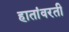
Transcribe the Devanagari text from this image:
हातांवरती